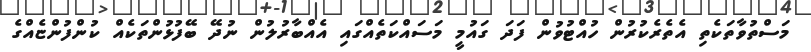
މަސްތުވާތަކެތި އެތެރެކުރުން ހުއްޓުވުން ފަދަ ގައުމީ މަސައްކަތެއްގައި އެއްބާރުލުން ނުދޭ ބޭފުޅުންތަކެއް ކުންފުންޏެއްގެ